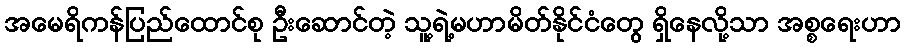
အမေရိကန်ပြည်ထောင်စု ဦးဆောင်တဲ့ သူ့ရဲ့မဟာမိတ်နိုင်ငံတွေ ရှိနေလို့သာ အစ္စရေးဟာ